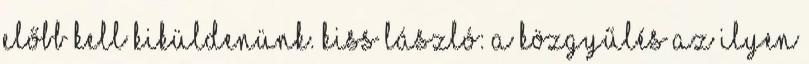
előbb kell kiküldenünk. Kiss László: A közgyűlés az ilyen